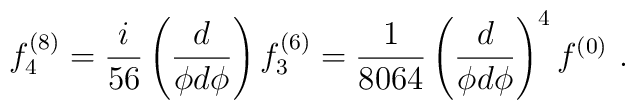
f^{(8)}_4 = \frac{i}{56} \left( \frac{d}{\phi d \phi}\right) f^{(6)}_3= \frac{1}{8064} \left( \frac{d}{\phi d \phi}\right)^4 f^{(0)} ~ .